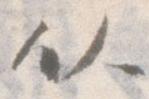
以